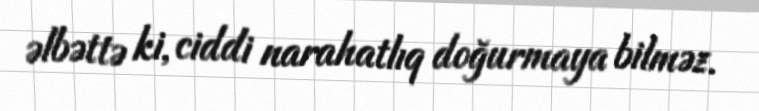
əlbəttə ki, ciddi narahatlıq doğurmaya bilməz.